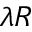
\lambda R